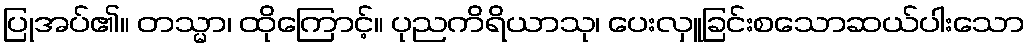
ပြုအပ်၏။ တသ္မာ၊ ထိုကြောင့်။ ပုညကိရိယာသု၊ ပေးလှူခြင်းစသောဆယ်ပါးသော